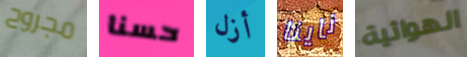
مجروح حسنا أزل ناينا الهوائية